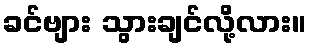
ခင်ဗျား သွားချင်လို့လား။